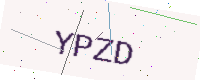
Text: YPZD